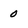
Character: 0